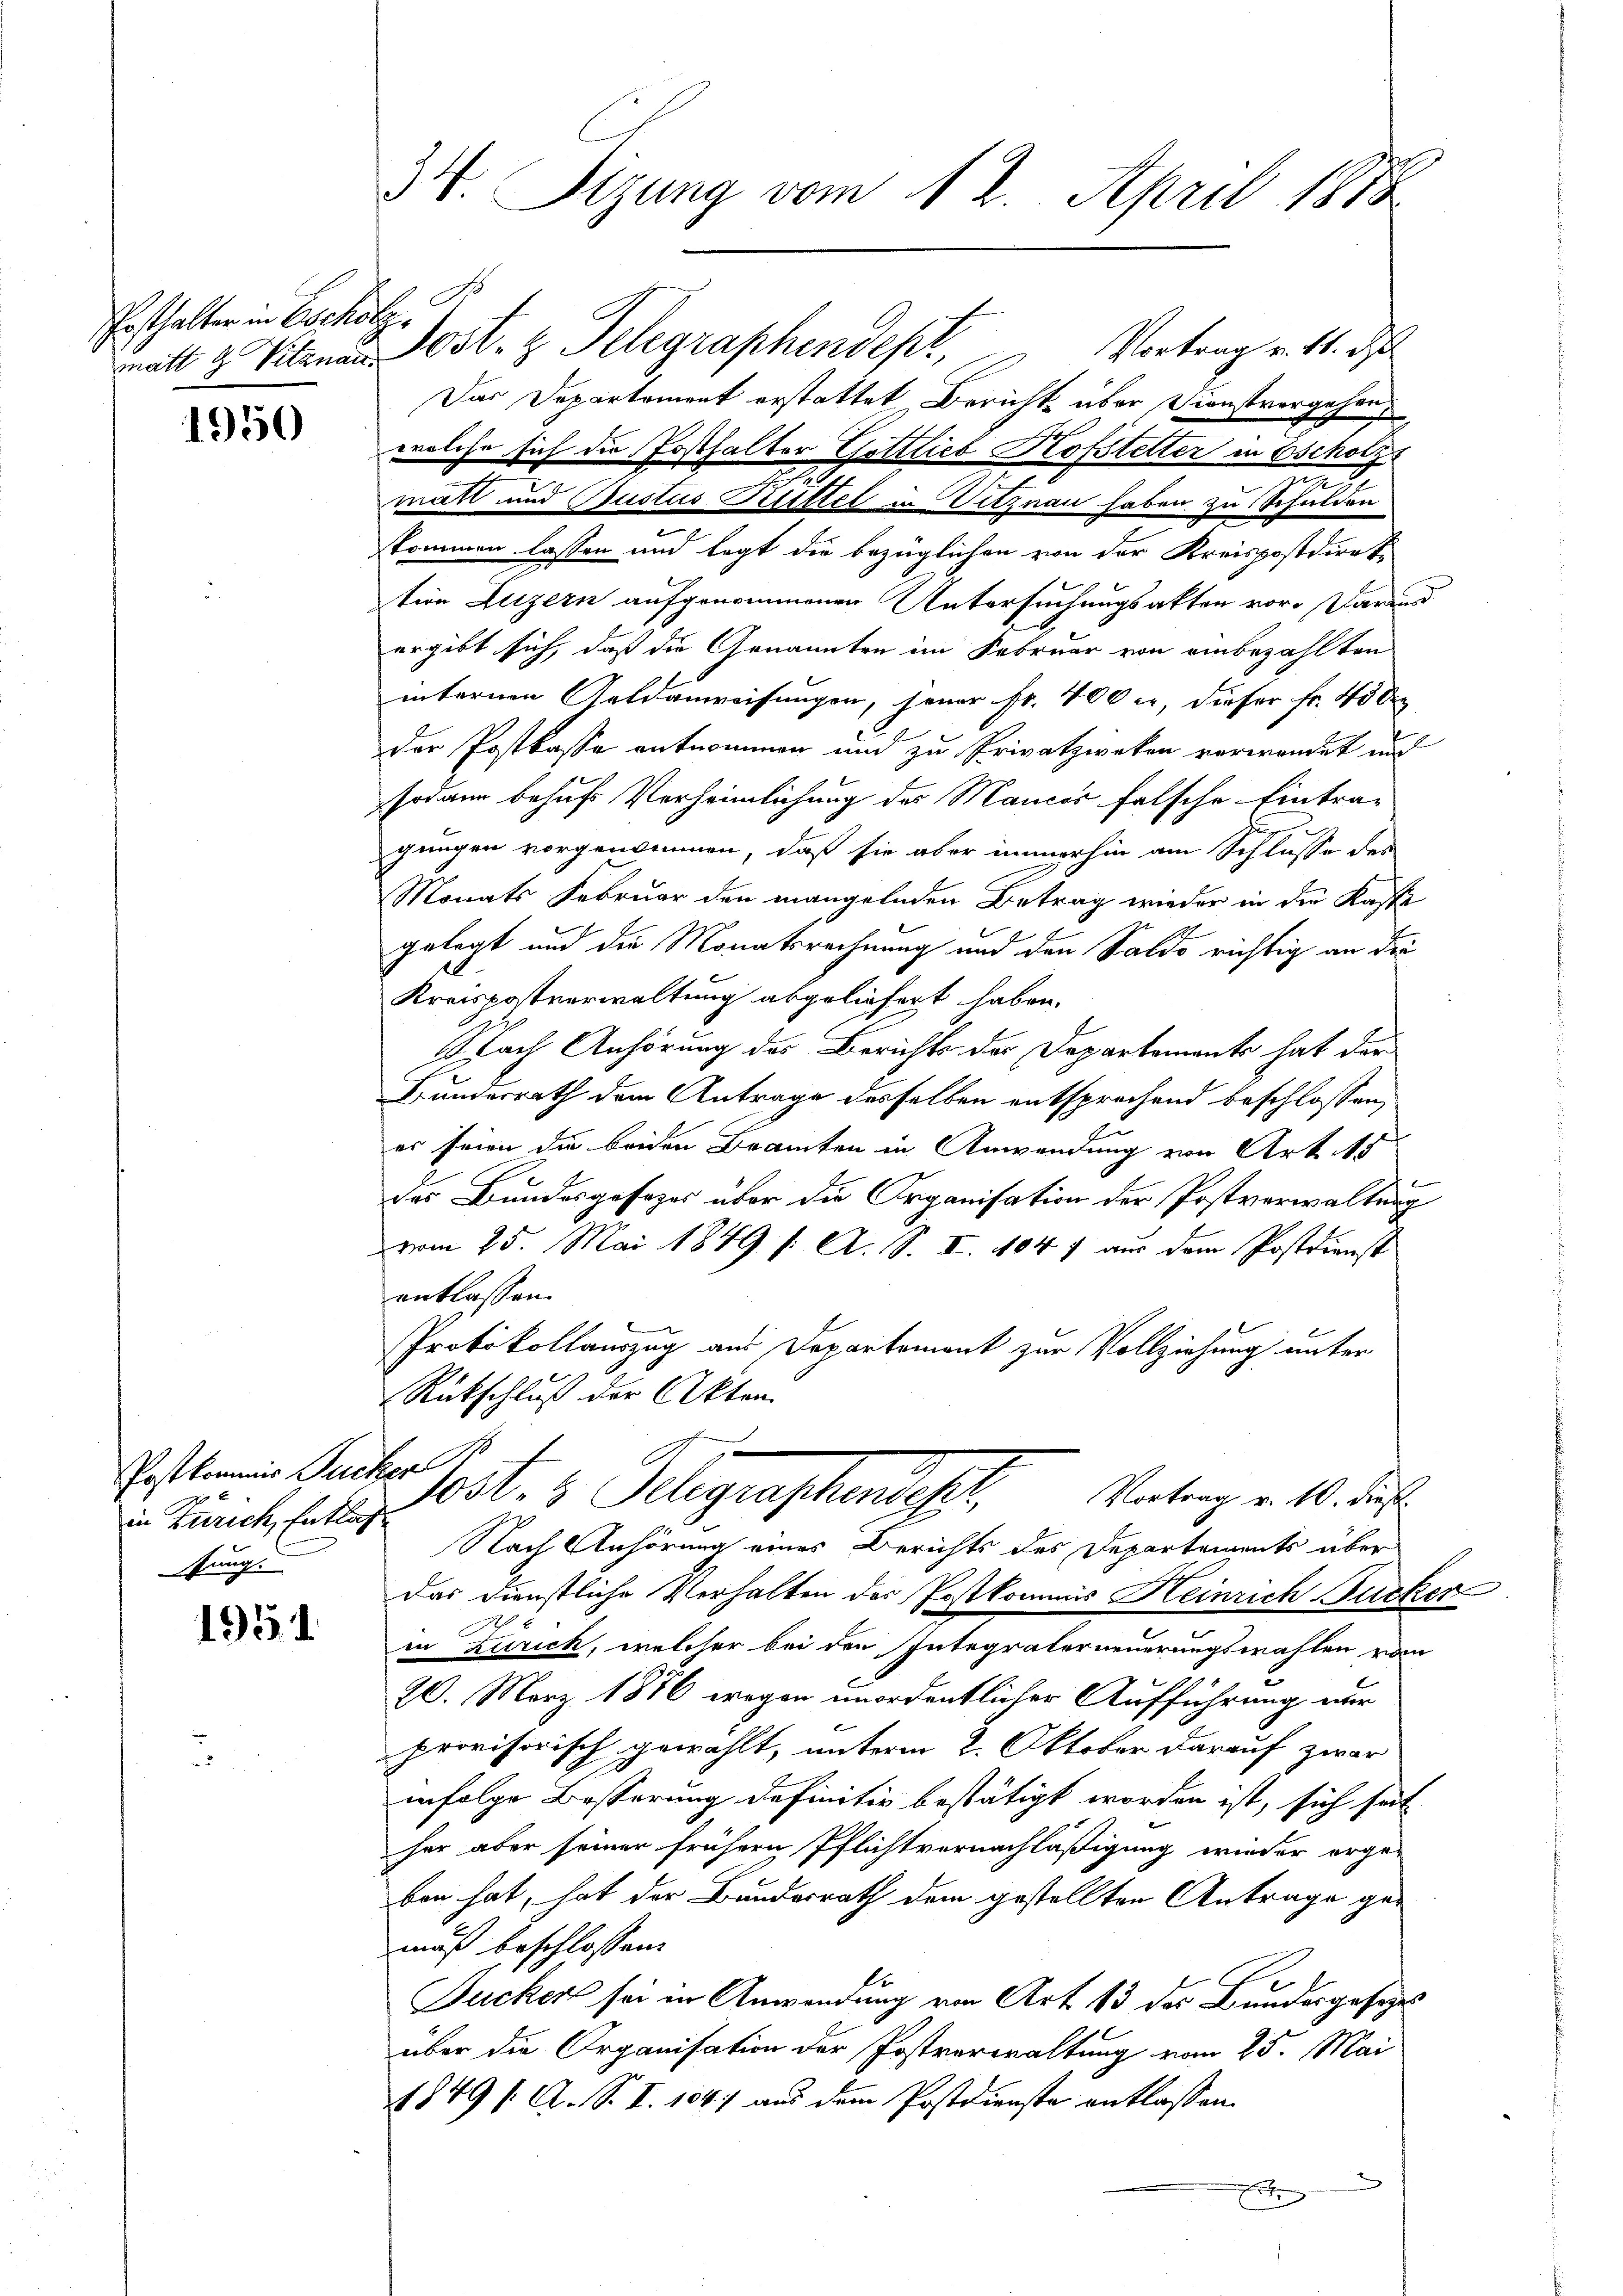
osthalter in Escholz.

1950

Postkommis Zucker
in Zürich, Entlas
stung.

1951.

34. Sizung vom 12. April 1878

matt 3 Vitznan Post. z. Telegraphendept, Vortrag v. M. d
Das Departement erstattet Bericht über Dienstvergehen
welche sich der Posthalter Gottlieb Hofstetter in Escholzs
mutt und Justus Rittel in Vitznau haben zu Schulden
kommen lassen und legt die bezüglichen von der Kreispostdirek
tion Luzern aufgenommenen Untersuchungsakten vor. Daraus
ergibt sich, daß die Genannten im Februar von einbezahlten
internen Geldanweisungen, jener Fr. 400 er, dieser Fr. 45 de
der Postkasse entnommen und zu Privatzweken verwendet und
sodann behufs Verheimlichung des Mances falsche Eintra-
gungen vorgenommen, daß sie aber immerhin am Schlusse des
Monats Februar den mangelnden Betrag wieder in der Kaste
gelegt und die Monatsrechnung und den Saldo richtig an die
6
Kreispostverwaltung abgeliefert haben.
Nach Anhörung des Berichts der Departements hat der
Bundesrath dem Antrage desselben entsprechend beschlossen,
er seien die beiden Branten in Anwendung von Art. 15
des Bundesgesezes über die Organisation der Postverwaltung
vom 25. Mai 1849 /: A. S. II. 1847 aus dem Postdienst
entlassen.
Protokollauszug aus Departement zur Vollziehung unter
Rückschluß der Akten.
103. 4. Klagenstandscha
Vortrag v. 10. dieß.
Nach Anhörung eines Berichts des Departements über
Das Dienstliche Verhalten der Postkommis Heinrich Jucker
E
in Zürich, welcher bei den Integralerneuerungswahlen vom
20. März 1886 wegen unordentlicher Aufführung nur
provisorisch gewählt, unterm 2. Oktober darauf zwar
infolge Besserung definitiv bestätigt worden ist, sich seit
her aber seiner frühern Pflichtvernachläßigung wieder erge-
ben hat, hat der Bundesrath dem gestellten Antrage gemuß beschlossen:
Ducker sei in Anwendung von Art. 13 des Bundesgesezt
über die Organisation der Postvorwaltung vom 25. Mai
1849 [ A. S. I. 1847 aus dem Postdienste entlassen.
e